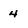
Character: 4